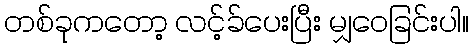
တစ်ခုကတော့ လင့်ခ်ပေးပြီး မျှဝေခြင်းပါ။